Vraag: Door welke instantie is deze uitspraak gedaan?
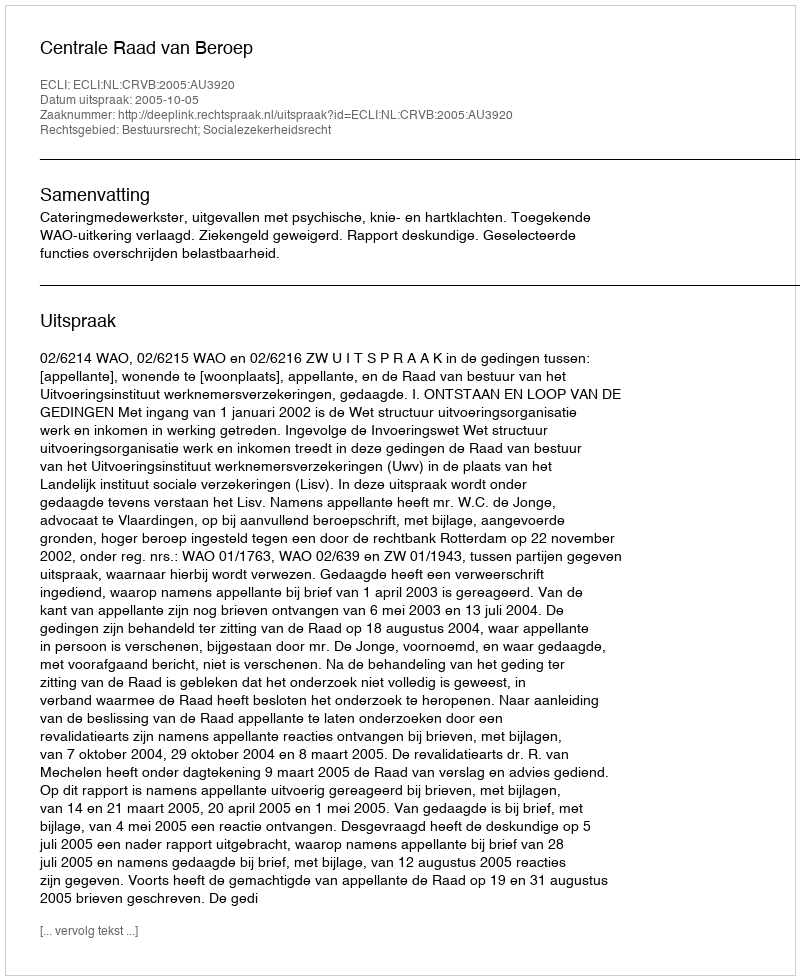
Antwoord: Centrale Raad van Beroep